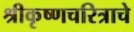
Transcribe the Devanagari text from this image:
श्रीकृष्णचरित्राचे